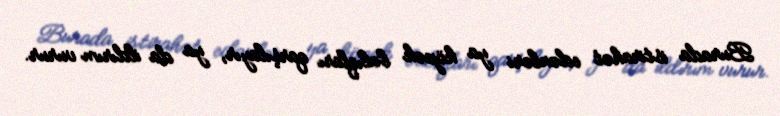
Burada istirahət edənləri ya köpək balıqları qarşılayır, ya da ildırım vurur.